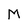
Character: M